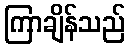
ကြာချိန်သည်